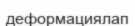
деформациялап